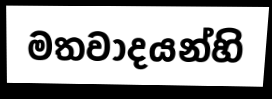
මතවාදයන්හි